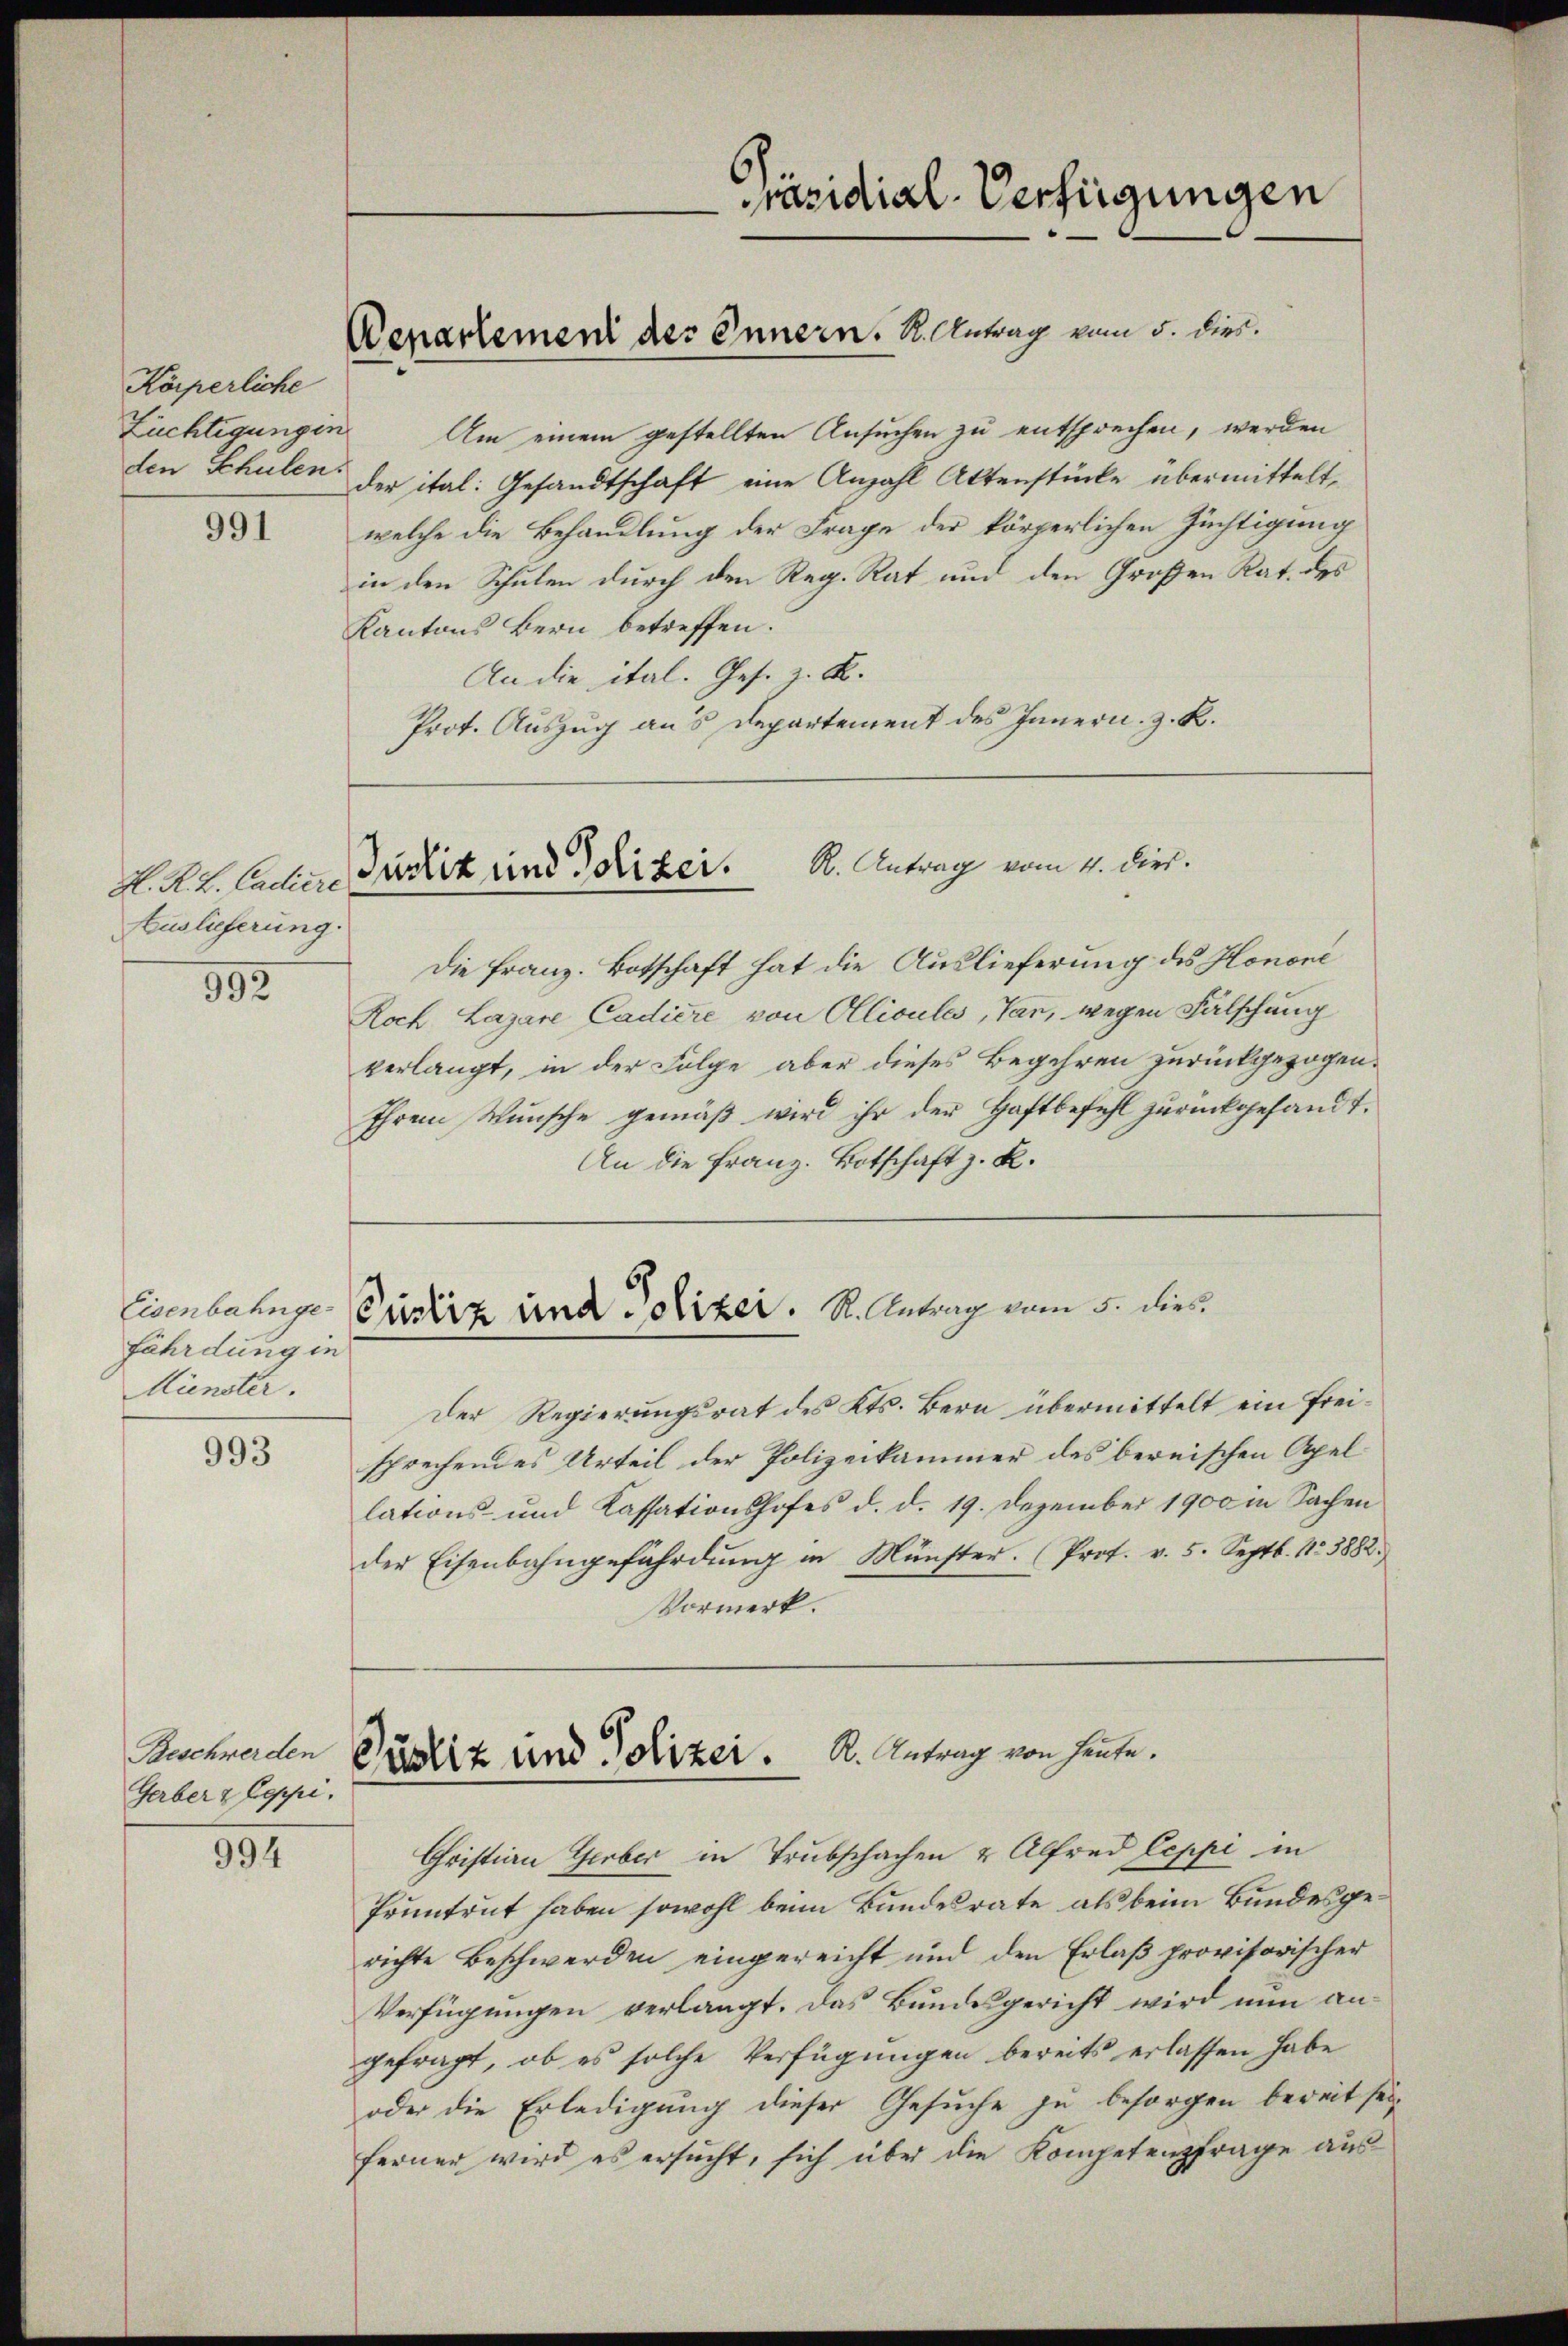
Körperliche

991

H. R. L. Cadiere
Auslieferung.

392

fährdung in
Münster.

993

Beschwerden
Gerber z Zeppi

994

Züchtigungen. Um einem gestellten Ansuchen zu entsprechen, werden
den Schulen der ital: Gesandtschaft eine Anzahl Aktenstücke übermittelt,
welche die Behandlung der Frage der körperlichen Züchtigung
in den Schulen durch den Reg. Rat und den Großen Rat. des
Kantons Bern betreffen.
An die ital. Ges. z. B.
Prot. Auszug aus Departement des Innern, z. R.

Wenartement des Innern. K. Antrag vom 5. dies

Präsidial-Verfügungen

Justik und Polizer. K. Antrag vom 4. dies.

Eisenbahnger Carrirt und Polizer. R. Antrag vom 5. dies

Pustiz und Polizei. K. Antrag von heute.

Die Franz. Botschaft hat die Auslieferung des Honori
Roch Lazare Cadiere von Ollioules, Van, wegen Fälschung
verlangt, in der Folge aber dieses Begehren zurückgezogen.
Ihrem Wunsche gemäß wird ihr der Haftbefehl zurückgesandt.
An die Franz. Botschaft z. R.

Der Regierungsrat des Kts. Bern übermittelt ein Freisprechendes Urteil der Polizeikammer des bereischen Apel
lations- und Kassationshofes d. d. 19. Dezember 1900 in Sachen
der Eisenbahngefährdung in Münster. (Prof. v. 5. Septb. 1883882.)
Vormerk.
Christian Gerber in Trubschachen & Alfred Leppi in
Pruntrut haben sowohl beim Bundesrate als beim Bundesgerichte Beschwerden eingereicht und den Erlaß provisorischer
Verfügungen verlangt. Das Bundesgericht wird nun angefragt, ob es solche Verfügungen bereits erlassen habe
oder die Erledigung dieser Gesuche zu besorgen bereit seiferner wird es ersucht, sich über die Kompetenzfrage aus